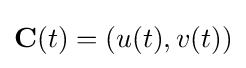
\mathbf {C} (t)=(u(t),v(t))